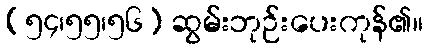
(၅၄၊၅၅၊၅၆) ဆွမ်းဘုဉ်းပေးကုန်၏။